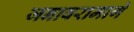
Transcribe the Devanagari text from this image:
जनावरामागे